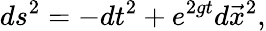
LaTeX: ds^{2}=-dt^{2}+e^{2gt}d\vec{x}^{2},